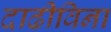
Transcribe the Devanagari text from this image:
दाढीविना